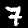
Digit: 7